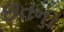
છતના